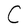
Character: C